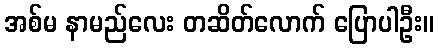
အစ်မ နာမည်လေး တဆိတ်လောက် ပြောပါဦး။